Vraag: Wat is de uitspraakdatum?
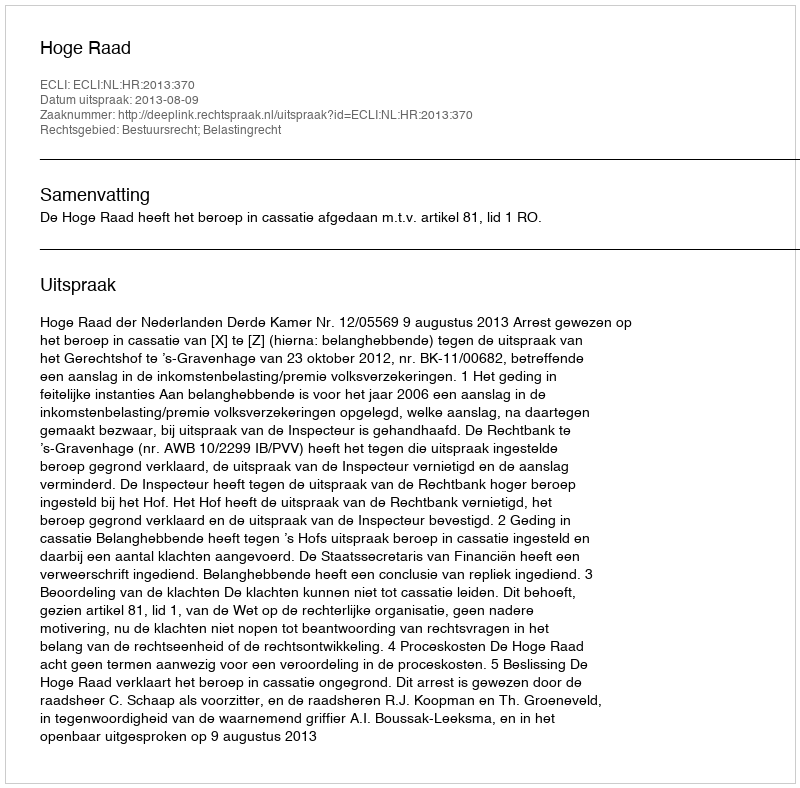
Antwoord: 2013-08-09